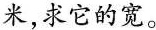
米，求它的宽。